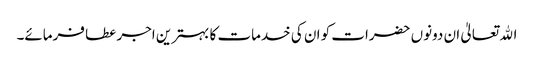
اﷲ تعالیٰ ان دونوں حضرات کو ان کی خدمات کا بہترین اجر عطا فرمائے۔